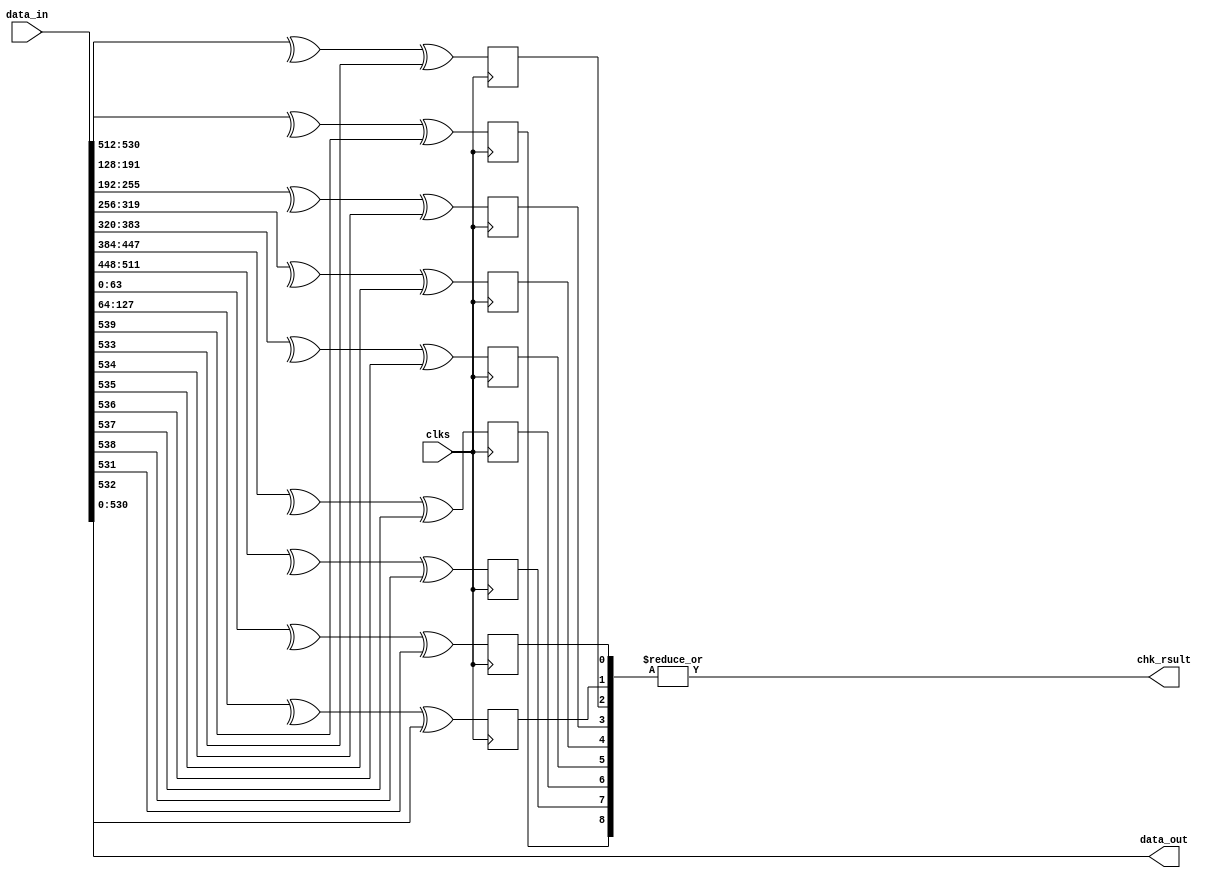
module prty_chk
    #(
    parameter    DATA_WTH     = 540  ,
    parameter    CELL_WTH     = 64   
    )
    (
    clks       ,     
    data_in    ,     
    data_out   ,       
    chk_rsult       
    );

/******************************************************************************\
    parameter
\******************************************************************************/
parameter PRTY_WTH     = prty_wth_cal(DATA_WTH,CELL_WTH) ;
parameter DATA_OUT_WTH = DATA_WTH - PRTY_WTH ;
/******************************************************************************\
    port signal
\******************************************************************************/

input    [             0:0]      clks       ;     
input    [DATA_WTH-1    :0]      data_in    ;     
output   [DATA_OUT_WTH-1:0]      data_out   ;     
output   [             0:0]      chk_rsult  ;     
wire     [             0:0]      clks       ;     
wire     [DATA_WTH-1    :0]      data_in    ;     
wire     [DATA_OUT_WTH-1:0]      data_out   ;     
wire     [             0:0]      chk_rsult  ;     
/******************************************************************************\
    function
\******************************************************************************/
function integer prty_wth_cal;
    input integer data_wdth;
    input integer cell_wdth;
    integer  quotient   ;   
    integer  quotient1  ;   
    integer  remainder  ;   
    integer  remainder1 ;   

    begin
        quotient    = data_wdth / cell_wdth ;
        remainder   = data_wdth % cell_wdth ; 
        quotient1   = (data_wdth-quotient) / cell_wdth ;
        remainder1  = (data_wdth-quotient) % cell_wdth ;
        if((remainder == 0) || (remainder1 == 0) || (quotient1 < quotient)) begin
            prty_wth_cal = quotient ;
        end
        else begin
            prty_wth_cal = quotient + 1;
        end
    end
endfunction
/******************************************************************************\
    inter signal
\******************************************************************************/
reg  [PRTY_WTH-1 :0]   prty_rsult     ;
/******************************************************************************\
    process
\******************************************************************************/
generate
genvar idex   ; 
for (idex=0; idex<PRTY_WTH; idex=idex+1)
    always @ (posedge clks)
    begin
        if(idex == (PRTY_WTH-1)) begin
            prty_rsult[idex] <= ((^data_in[(DATA_OUT_WTH-1):(idex*CELL_WTH)]) ^ data_in[DATA_OUT_WTH+idex]);
        end
        else begin
            prty_rsult[idex] <= ((^data_in[((idex*CELL_WTH)+CELL_WTH-1):(idex*CELL_WTH)]) ^ data_in[DATA_OUT_WTH+idex]);
        end
    end
endgenerate

assign  chk_rsult = (|prty_rsult);
assign  data_out  = data_in[DATA_OUT_WTH-1:0];
endmodule